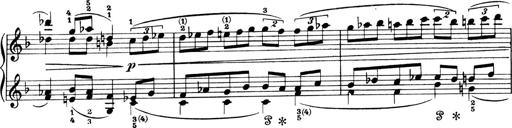
Title: 4 Sonatines
Composer: Max Reger